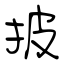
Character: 披